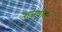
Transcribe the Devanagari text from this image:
रुजवात